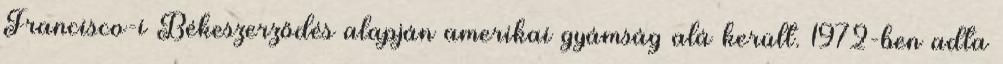
Francisco-i Békeszerződés alapján amerikai gyámság alá került. 1972-ben adta